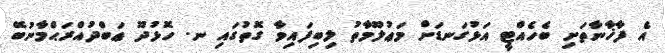
އެ ފާޚާނާތަށި ބެހެއްޓީ އަޅުގަނޑަށް މަޢުލޫމާތު ލިބިފައިވާ ގޮތުގައި ނ. ހޮޅުދޫ ޢަބްދުއްރަޙްމާނުބޭ